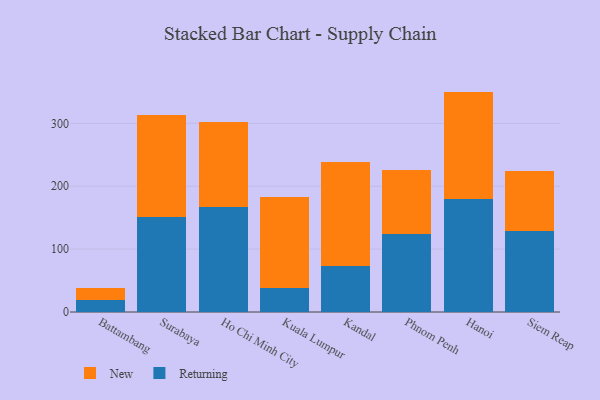
{"axis": {"x": "City", "y": "Waste Production (Tons)"}, "legend": ["New", "Returning"], "data": [{"x": "Battambang", "y": 19.1, "type": "Returning"}, {"x": "Battambang", "y": 19.8, "type": "New"}, {"x": "Surabaya", "y": 150.6, "type": "Returning"}, {"x": "Surabaya", "y": 163.2, "type": "New"}, {"x": "Ho Chi Minh City", "y": 167.4, "type": "Returning"}, {"x": "Ho Chi Minh City", "y": 134.5, "type": "New"}, {"x": "Kuala Lumpur", "y": 37.5, "type": "Returning"}, {"x": "Kuala Lumpur", "y": 145.3, "type": "New"}, {"x": "Kandal", "y": 73.0, "type": "Returning"}, {"x": "Kandal", "y": 165.2, "type": "New"}, {"x": "Phnom Penh", "y": 124.7, "type": "Returning"}, {"x": "Phnom Penh", "y": 100.6, "type": "New"}, {"x": "Hanoi", "y": 179.2, "type": "Returning"}, {"x": "Hanoi", "y": 171.3, "type": "New"}, {"x": "Siem Reap", "y": 128.3, "type": "Returning"}, {"x": "Siem Reap", "y": 95.8, "type": "New"}]}